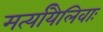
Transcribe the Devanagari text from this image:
मर्त्यायैलिवाः